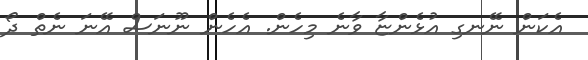
އެކަން ނޭނގި އުޅެންޏާ ވާނެ މިހެން. އެހެން ނޫނަސް އޭނަ ނެތް ދޯ